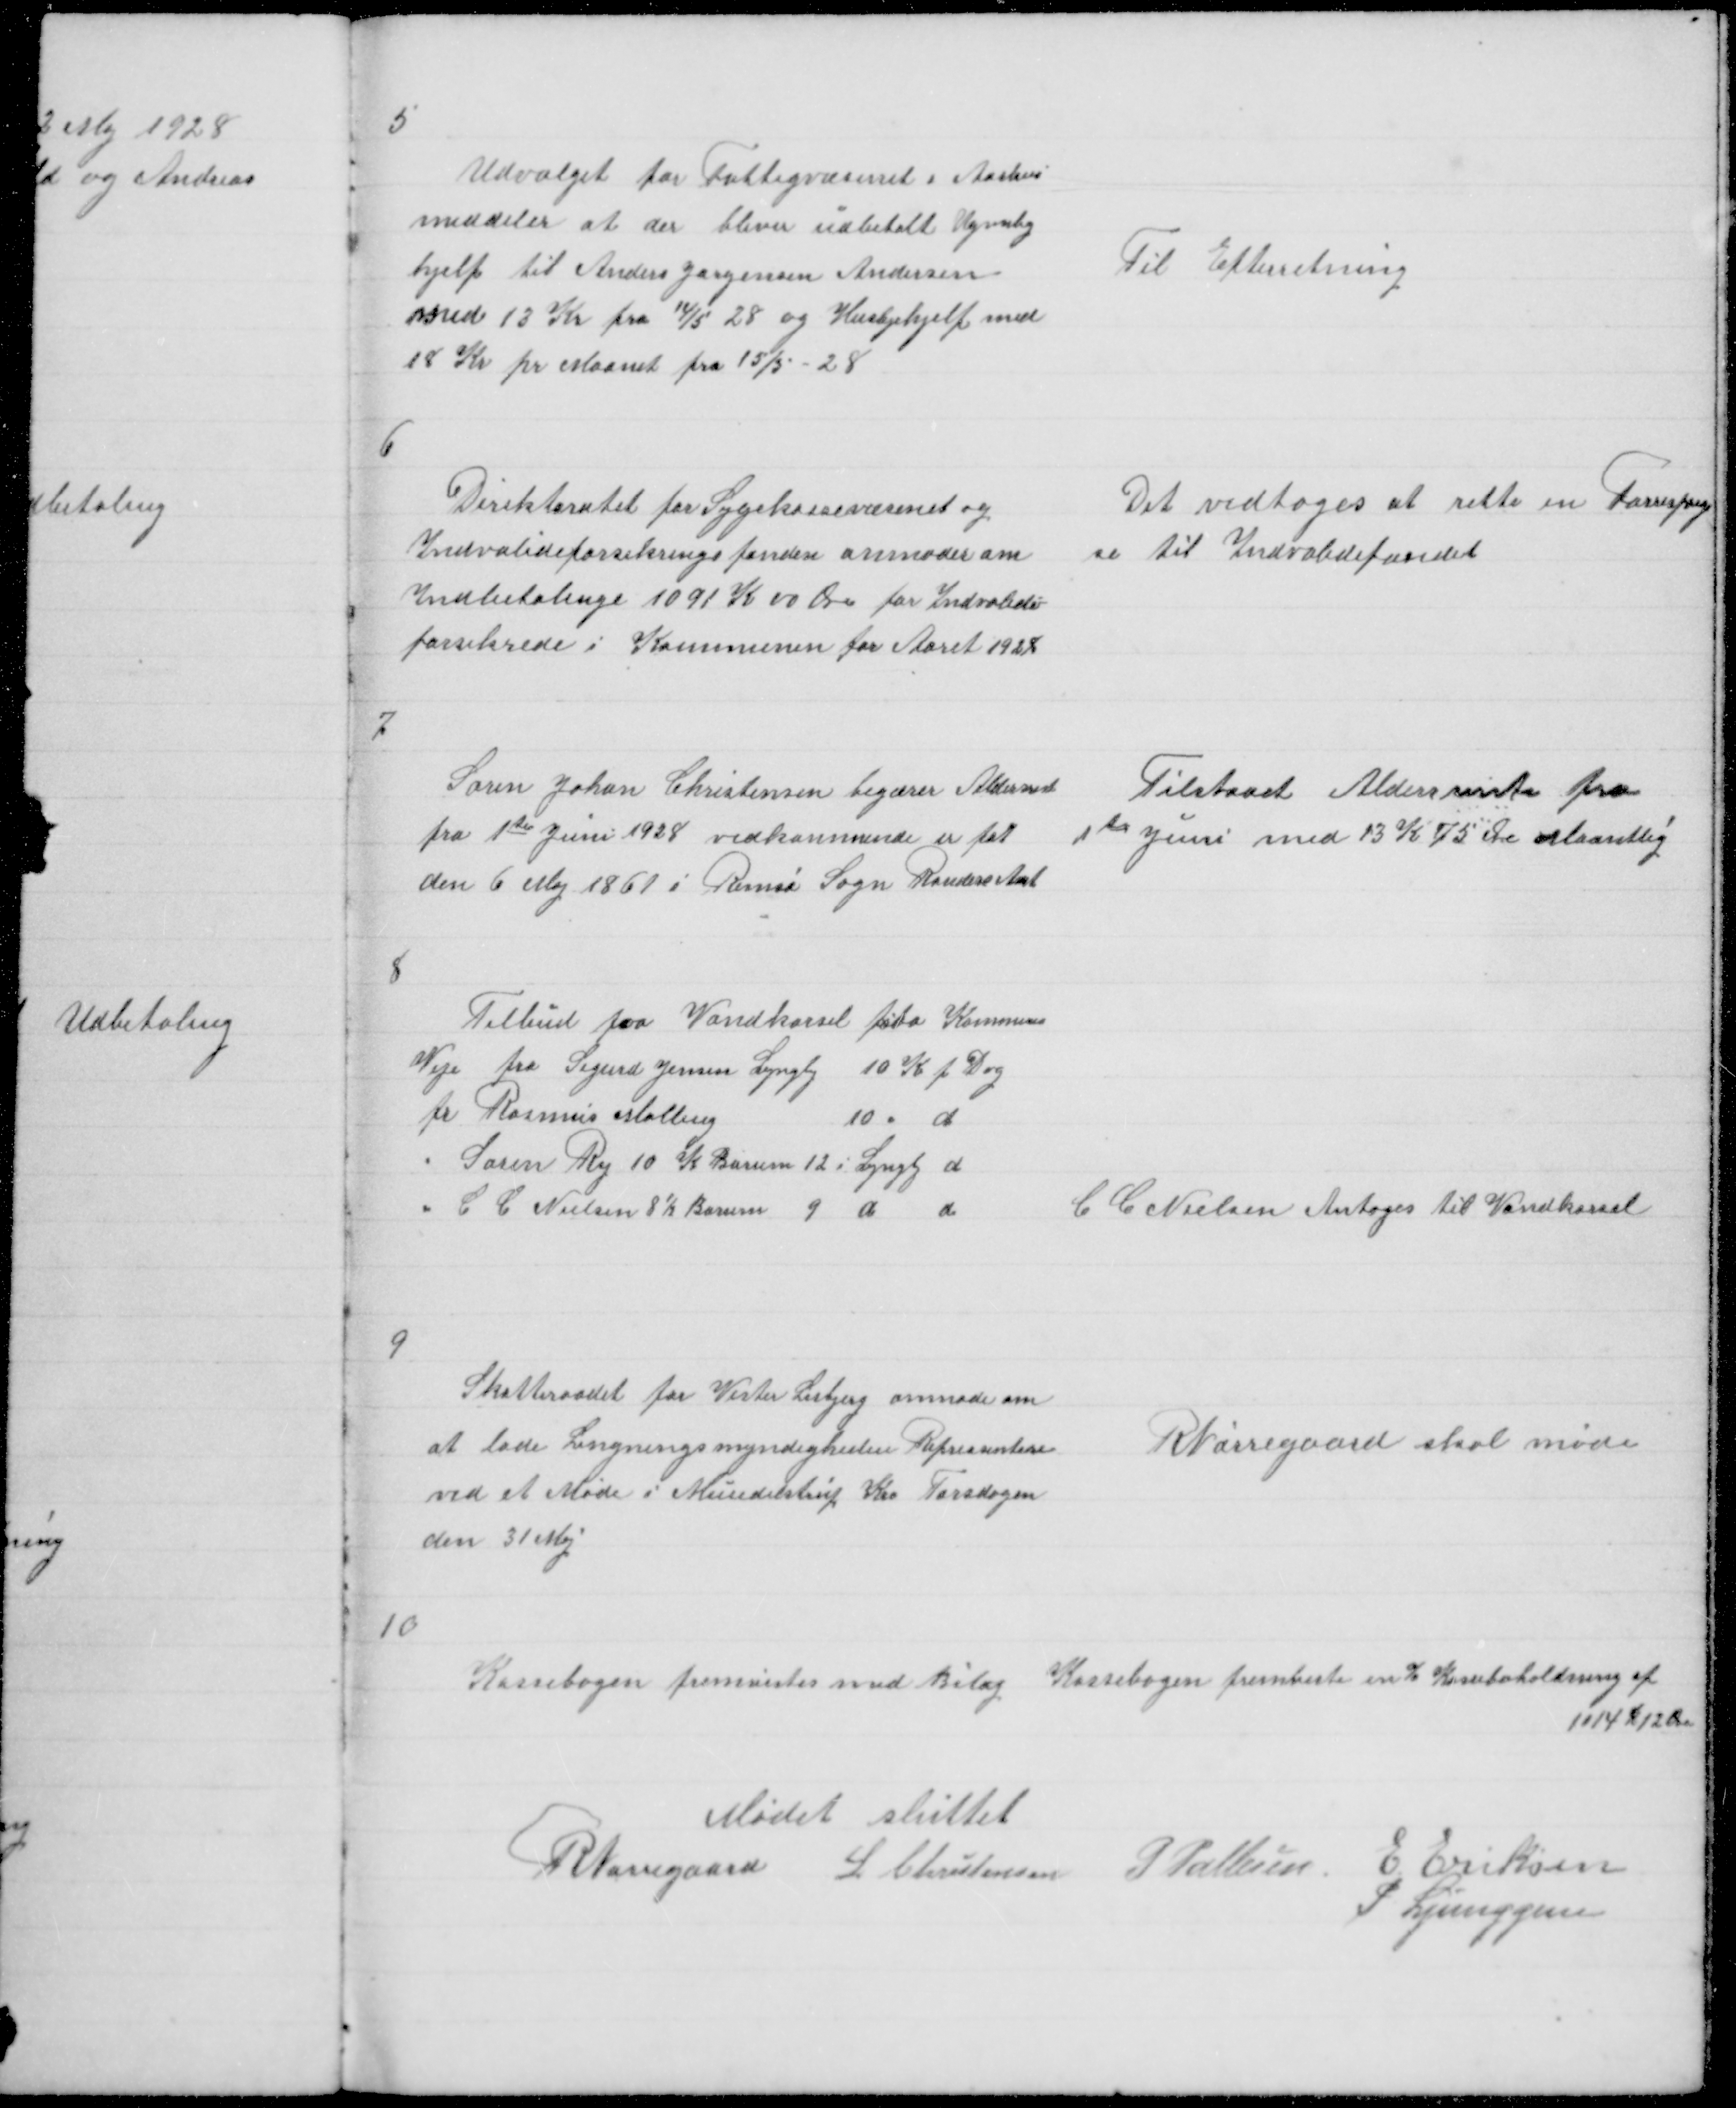
Transskription:
5

Udvalget for Fattigvæsenet i Aarhus
meddeler at der bliver udbetalt Ugenlig
hjelp til Anders Jørgensen Andersen
med 13 Kr fra 14/5 28 og Huslejehjelp
18 Kr pr Maanet fra 15/5 - 28

Til Efterretning

6

Direktoratet for Sygekassevæsenet og
Indvalideforsikringsfonden anmoder om
Indbetalinge 1091 K 00 Øre for Indvalide =
forsikrede i Kommunen for aaret 1928

Det vedtoges at rette en Forespørg
se Til Indvalidefondet

7

Søren Johan Christensen begærer Aldersrente
fra 1te Juni 1928 vedkommende er føt
den 6 maj i Rimsø Sogn Randers Amt

Tilstaaet Aldersrente fra
1te Juni med 13 K 75 Øre Maantlig

8

Tilbud paa Vandkørsel paa Kommunens
Veje fra Sigurd Jensen  Lyngby 19 K p Dag
fr Rasmus Malling
10 " d
" Søren Ry 10 K Borum 12 i Lyngby d
" C C Nielsen 8½ Borum 9 d d

C C Nielsen Antages til Vandkørsel

9

Skatteraadet for Vester Lisbjerg anmode om
at lade Ligningsmyndigheden Representere
ved et Møde i Mundelstrup Kro Torsdagen
den 31 Maj

R Nørregaard skal møde

10

Kassebogen fremvistes med Bilag

Kassebogen fremviste en % Kassebeholdning af
1014 K 12 Øre

Mødet sluttet
R Nørregaard L Christensen P Pallesen E Eriksen
P Ljunggren